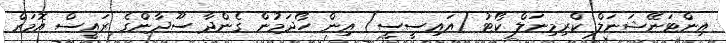
އިންޓަނޭޝަނަލް ކްރިމިނަލް ކޯޓު (އައިސީސީ) އިން ހޯދަމުން ގެންދާ ސޫދާންގެ ރައީސް އޮމަރް